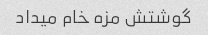
گوشتش مزه خام میداد